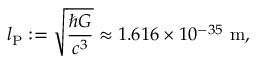
l _ { \mathrm { P } } : = \sqrt { \frac { \hbar G } { c ^ { 3 } } } \approx 1 . 6 1 6 \times 1 0 ^ { - 3 5 } \ \mathrm { m } ,